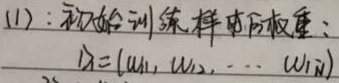
(1)：初始训练样本的权重：$D=(w_1, w_2, \cdots, w_N)$